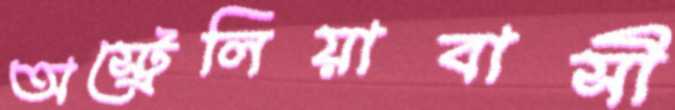
অস্ট্রেলিয়াবাসী